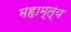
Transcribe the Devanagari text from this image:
महाम्त्य